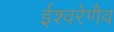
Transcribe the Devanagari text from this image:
ईश्वरेणैव